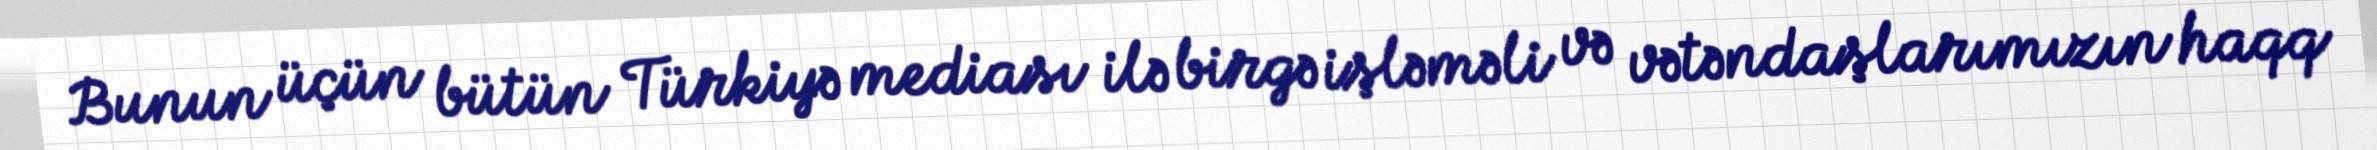
Bunun üçün bütün Türkiyə mediası ilə birgə işləməli və vətəndaşlarımızın haqq